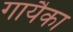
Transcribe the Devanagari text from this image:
गायैका